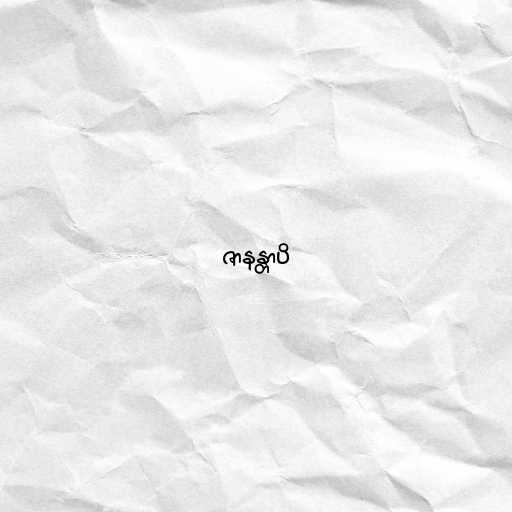
ဇာနန္တာပိ